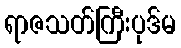
ရာဇသတ်ကြီးပုဒ်မ